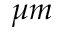
\mu m